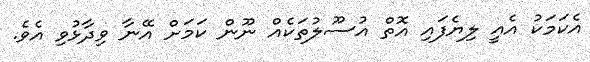
އެކަމަކު އެއީ ލިޔެފައި އޮތް އުސޫލުތަކެއް ނޫން ކަމަށް އޭނާ ވިދާޅުވި އެވެ.